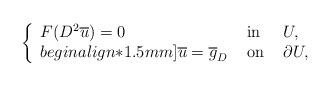
LaTeX: \begin{align*} \left\{\begin{array}{lll}F(D^2\overline{u}) = 0 &\hbox{ in }& U,\\begin{align*}1.5mm]\overline{u} = \overline{g}_D &\hbox{ on }& \partial U,\end{array}\right.\end{align*}